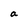
Character: a